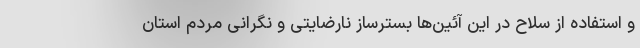
و استفاده از سلاح در این آئین‌ها بسترساز نارضایتی و نگرانی مردم استان